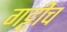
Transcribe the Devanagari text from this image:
गट्टीच